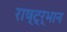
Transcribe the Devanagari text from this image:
राष्ट्र्भान